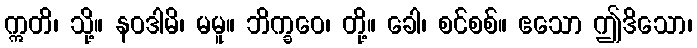
ဣတိ၊ သို့။ နဝဒါမိ၊ မမူ။ ဘိက္ခဝေ၊ တို့။ ခေါ၊ စင်စစ်။ ဧသော ဤဒိသော၊